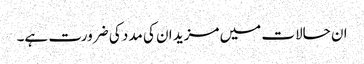
ان حالات میں مزید ان کی مدد کی ضرورت ہے۔